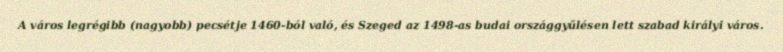
A város legrégibb (nagyobb) pecsétje 1460-ból való, és Szeged az 1498-as budai országgyűlésen lett szabad királyi város.